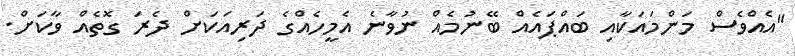
"އެއްވެސް މަންމައަކާއި ބައްޕައެއް ބޭނުމެއް ނުވާނެ އެމީހެއްގެ ދަރިއަކަށް ދެރަ ގޮތެއް ވާކަށް.